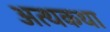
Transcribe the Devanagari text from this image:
अत्थकथा